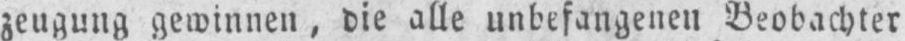
zeugung gewinnen, die alle unbefangenen Beobachter